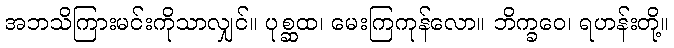
အဘသိကြားမင်းကိုသာလျှင်။ ပုစ္ဆထ၊ မေးကြကုန်လော။ ဘိက္ခဝေ၊ ရဟန်းတို့။